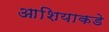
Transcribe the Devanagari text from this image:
आशियाकडे